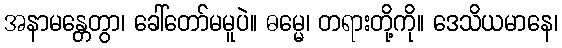
အနာမန္တေတွာ၊ ခေါ်တော်မမူပဲ။ ဓမ္မေ၊ တရားတို့ကို။ ဒေသိယမာနေ၊